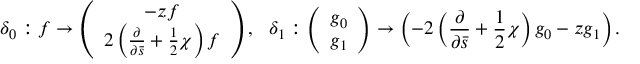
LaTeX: \delta _ { 0 } : f \rightarrow \left( \begin{array} { c } { { - z f } } \\ { { 2 \left( \frac { \partial } { \partial \bar { s } } + \frac { 1 } { 2 } \chi \right) f } } \end{array} \right) , \ \ \delta _ { 1 } : \left( \begin{array} { c } { { g _ { 0 } } } \\ { { g _ { 1 } } } \end{array} \right) \rightarrow \left( - 2 \left( \frac { \partial } { \partial \bar { s } } + \frac { 1 } { 2 } \chi \right) g _ { 0 } - z g _ { 1 } \right) .